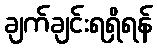
ချက်ချင်းရရှိရန်